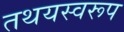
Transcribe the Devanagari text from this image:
तथयस्वरूप